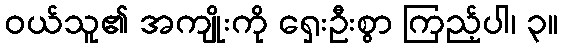
ဝယ်သူ၏ အကျိုးကို ရှေးဦးစွာ ကြည့်ပါ၊ ၃။